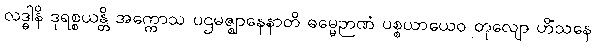
လဒ္ဓါနိ ဒုရစ္စယန္တိ အက္ကောသ ပဌမဇ္ဈာနေနာတိ ဓမ္မေဉာဏံ ပစ္စယာယေဝ တုလျော ဟိံသနေ